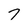
Character: 7